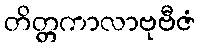
တိတ္တကာလာဗုဗီဇံ